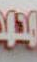
محمد